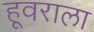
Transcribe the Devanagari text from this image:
हूवराला